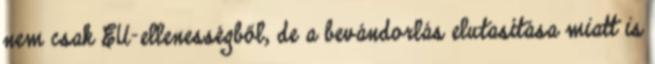
nem csak EU-ellenességből, de a bevándorlás elutasítása miatt is